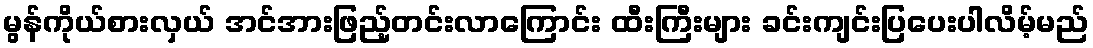
မွန်ကိုယ်စားလှယ် အင်အားဖြည့်တင်းလာကြောင်း ထီးကြီးများ ခင်းကျင်းပြပေးပါလိမ့်မည်